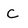
Character: C